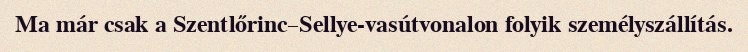
Ma már csak a Szentlőrinc–Sellye-vasútvonalon folyik személyszállítás.